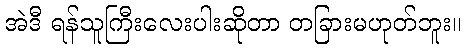
အဲဒီ ရန်သူကြီးလေးပါးဆိုတာ တခြားမဟုတ်ဘူး။